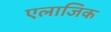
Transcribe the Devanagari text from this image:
एलाजिक